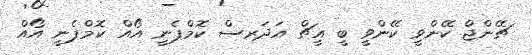
ޗޭންޖް ކޭންވީ ކޭންވީ ބީ އީޗް އަދަރސް ކޮމްޕެނީ އޯއް ކޮމްޕެނީ އޯއް